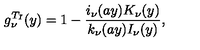
g _ { \nu } ^ { T _ { I } } ( y ) = 1 - { \frac { i _ { \nu } ( a y ) K _ { \nu } ( y ) } { k _ { \nu } ( a y ) I _ { \nu } ( y ) } } ,